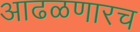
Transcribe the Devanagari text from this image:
आढळणारच